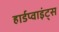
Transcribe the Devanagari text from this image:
हार्डप्वाइंट्स